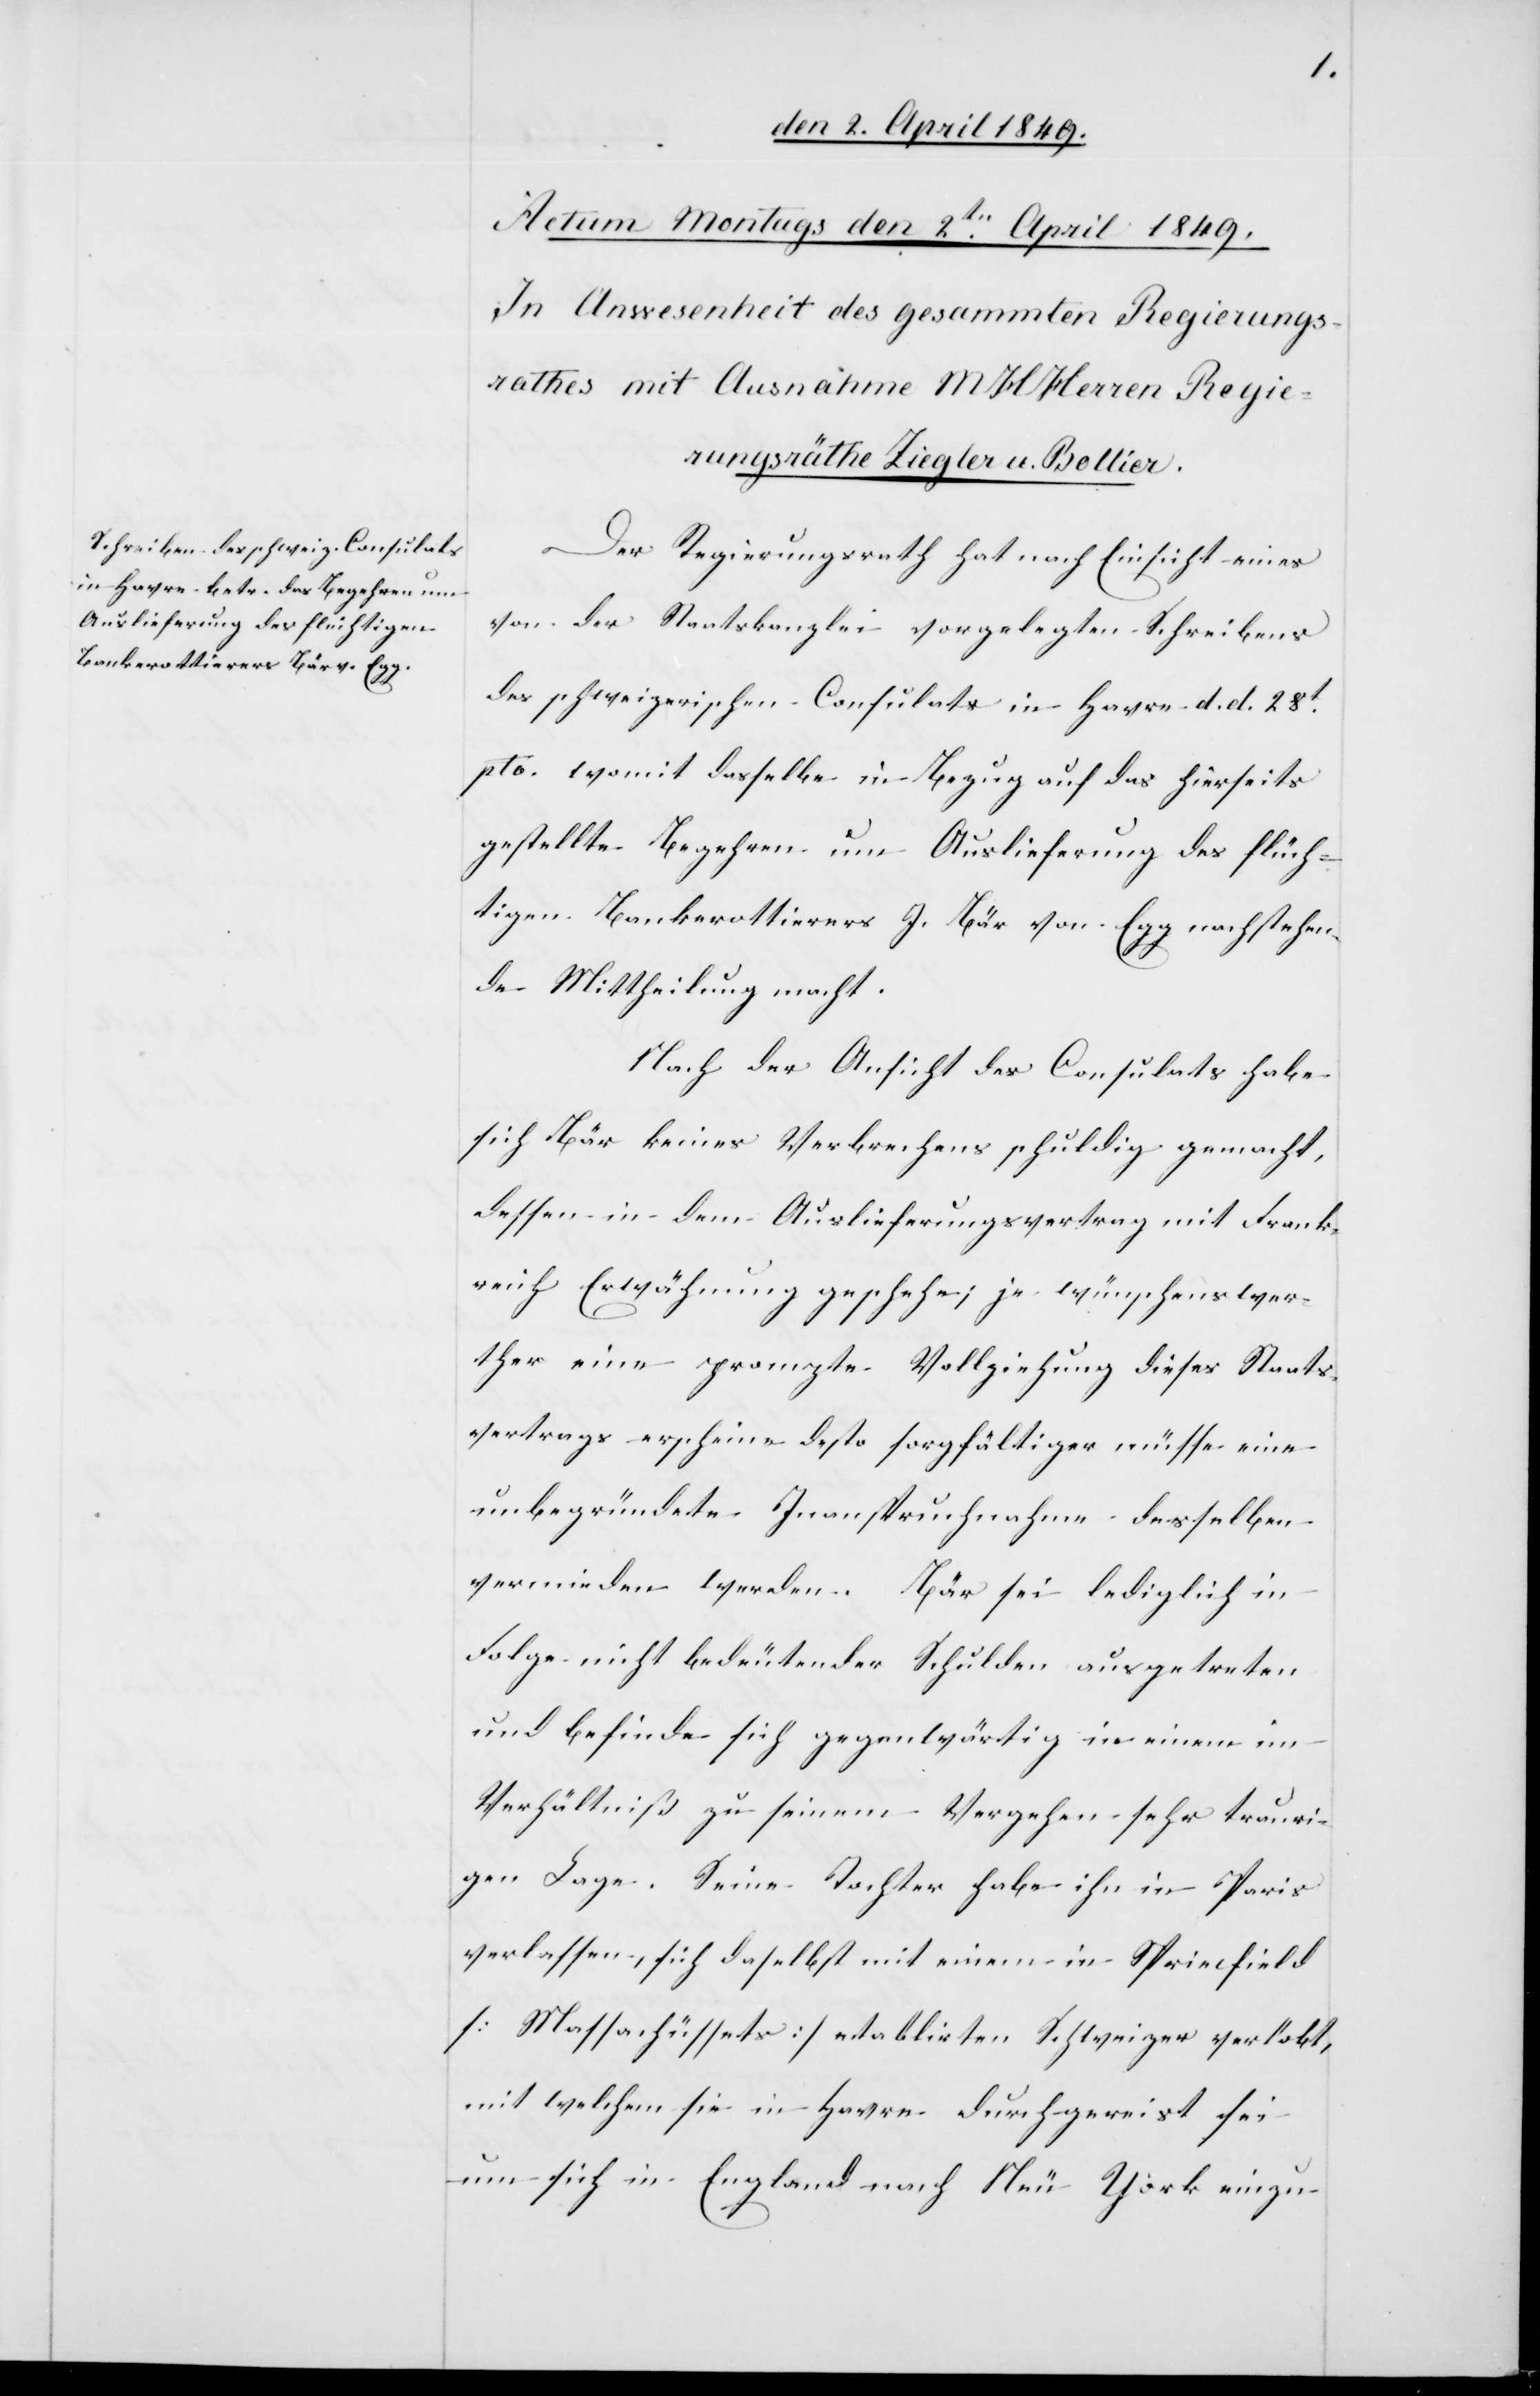
Der Regierungsrath hat nach Einsicht eines
von der Staatskanzlei vorgelegten Schreibens
des schweizerischen Consulats in Havre d. d. 28t
pto. womit dasselbe in Bezug auf das hierseits
gestellte Begehren um Auslieferung des flüch¬
tigen Bankerottierers J. Bär von Egg nachstehen¬
de Mittheilung macht.
Nach der Ansicht des Consulates habe
sich Bär keines Verbrechens schuldig gemacht,
dessen in dem Auslieferungsvertrag mit Frank¬
reich Erwähnung geschehe; je wünschenswer¬
ther eine prompte Vollziehung dieses Staats¬
vertrags erscheine desto sorgfältiger müsse eine
unbegründete Inanspruchnahme desselben
vermieden werden. Bär sei lediglich in
Folge nicht bedeutender Schulden ausgetreten
und befinde sich gegenwärtig in einem
Verhältniß zu seinem Vergehen sehr trauri¬
gen Lage. Seine Tochter habe ihn in Paris
verlassen, sich daselbst mit einem in Princfield
[Massachüssets] etablirten Schweizer verlobt,
mit welchem sie in Havre durchgereist sei
um sich in England nach Neu York einzu-